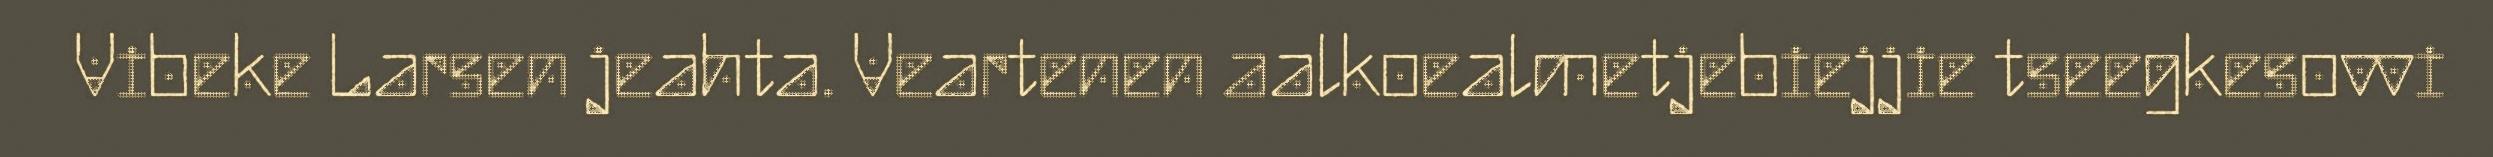
Vibeke Larsen jeahta. Veartenen aalkoealmetjebiejjie tseegkesovvi